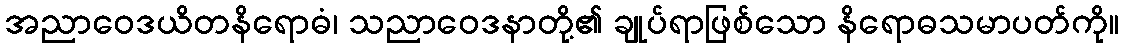
အညာဝေဒယိတနိရောဓံ၊ သညာဝေဒနာတို့၏ ချုပ်ရာဖြစ်သော နိရောဓသမာပတ်ကို။